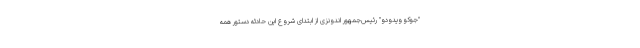
"جوکو ویدودو" رئیس‌جمهور اندونزی از ابتدای شروع این حادثه دستور همه‌